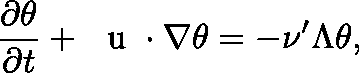
\frac { \partial \theta } { \partial t } + \mathrm { ~ \boldmath ~ u ~ } \cdot \nabla \theta = - \nu ^ { \prime } \Lambda \theta ,